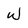
Character: W